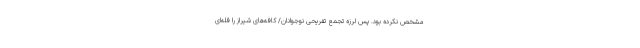
مشخص نکرده بود. پس لرزه تجمع تفریحی نوجوانان/ کافه‌های شیراز را فله‌ای